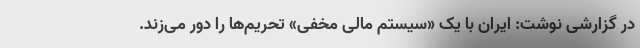
در گزارشی نوشت: ایران با یک «سیستم مالی مخفی» تحریم‌ها را دور می‌زند.